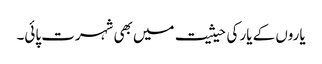
یاروں کے یار کی حیثیت میں بھی شہرت پائی۔